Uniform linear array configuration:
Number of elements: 24
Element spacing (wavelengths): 0.5
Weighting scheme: kaiser
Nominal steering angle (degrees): -15
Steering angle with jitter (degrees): -15.505
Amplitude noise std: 0.05
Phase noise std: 0.05

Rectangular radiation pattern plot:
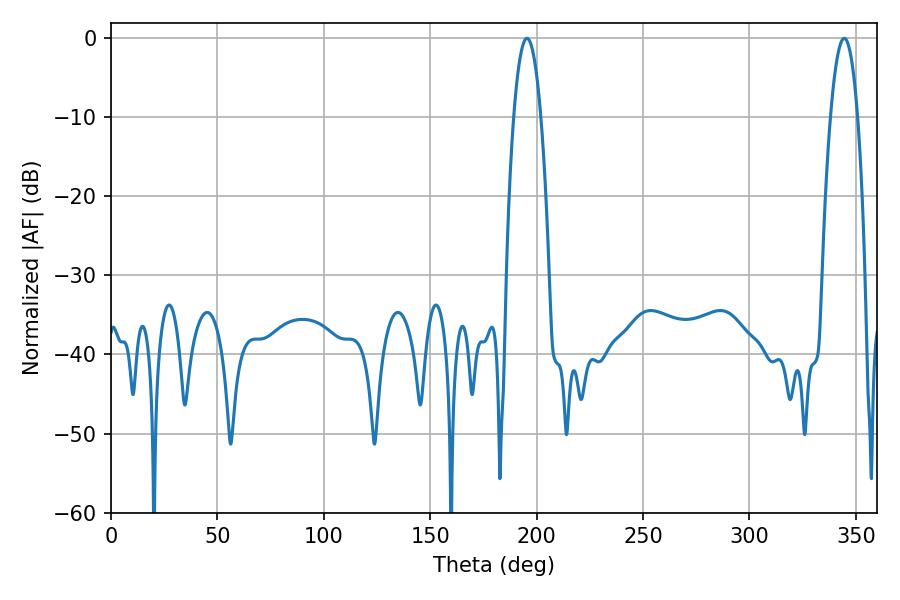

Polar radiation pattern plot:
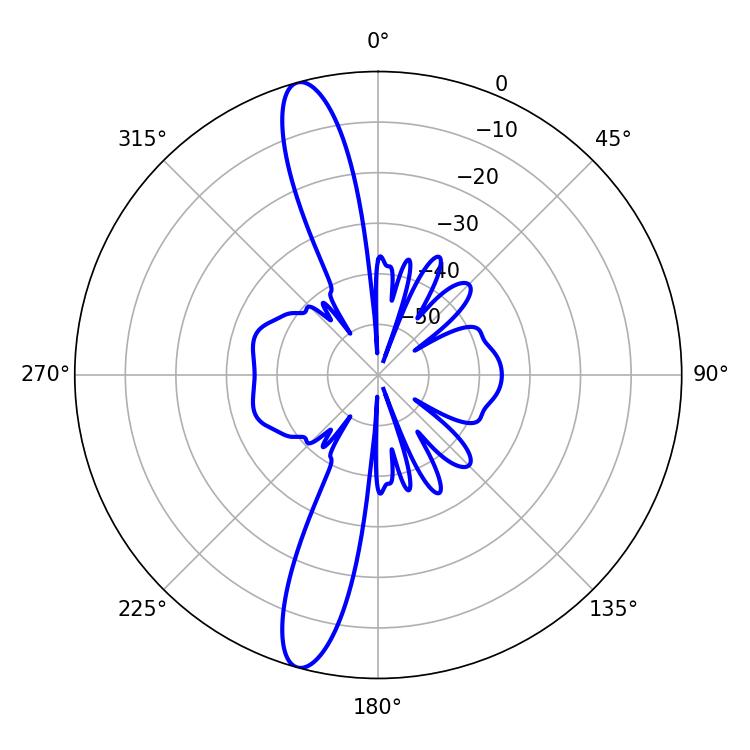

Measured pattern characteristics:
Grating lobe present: FALSE
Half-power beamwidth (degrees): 7.02
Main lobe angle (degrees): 195.48